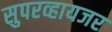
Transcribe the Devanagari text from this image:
सुपरव्हायजर